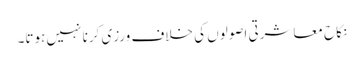
نکاح معاشرتی اصولوں کی خلاف ورزی کرنا نہیں ہوتا۔